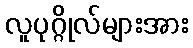
လူပုဂ္ဂိုလ်များအား